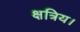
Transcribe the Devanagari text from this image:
क्षत्रिय।